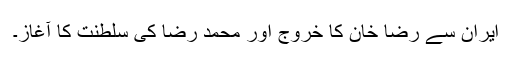
ایران سے رضا خان کا خروج اور محمد رضا کی سلطنت کا آغاز۔